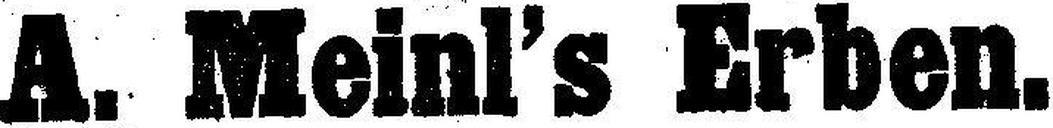
A. Meinl’s Erben.